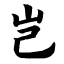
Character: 岂